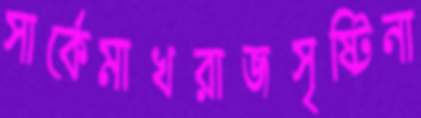
সার্কেমাখরাজসৃষ্টিনা